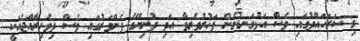
މި ސަރަހައްދުގައި ވެސް އަޅުގަނޑުމެން ފަޚުރުވެރިވާ އަދި ދުނިޔޭގެ ފެންވަރުގައި ވެސް ދިވެހިރާއްޖެއަކީ